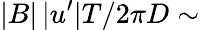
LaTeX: |B|\, |u^{\prime}|T/2\pi D\sim